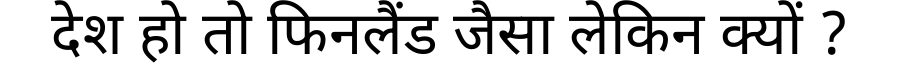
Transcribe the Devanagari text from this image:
देश हो तो फिनलैंड जैसा लेकिन क्यों ?